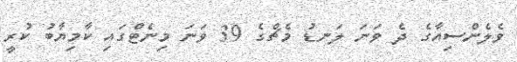
ވެލެންސިއާގެ ދެ ވަނަ ލަނޑު މެޗްގެ 39 ވަނަ މިނެޓްގައި ކާމިޔާބު ކުރީ